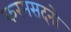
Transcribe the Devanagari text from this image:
करमसदनो